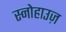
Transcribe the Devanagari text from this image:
स्नोहाउज़